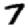
Digit: 7